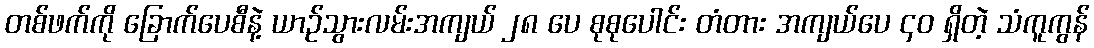
တစ်ဖက်ကို ခြောက်ပေစီနဲ့ ယာဉ်သွားလမ်းအကျယ် ၂၈ ပေ စုစုပေါင်း တံတား အကျယ်ပေ ၄၀ ရှိတဲ့ သံကူကွန်